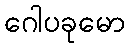
ဂေါပခုမော